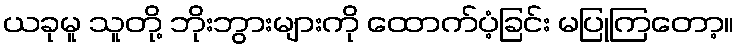
ယခုမူ သူတို့ ဘိုးဘွားများကို ထောက်ပံ့ခြင်း မပြုကြတော့။